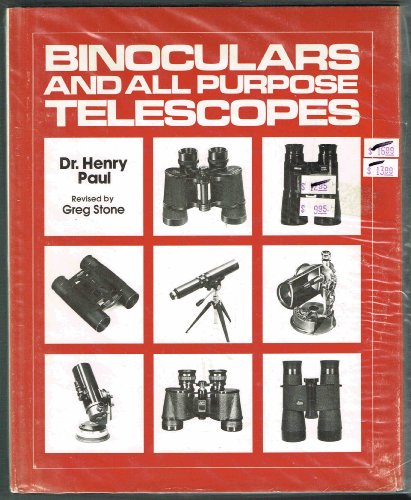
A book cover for Binoculars and all purpose telescopes Revised by Greg Stone; Henry E., and Stone, Greg Paul; Science & Math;